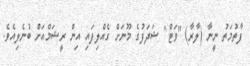
ފާތުމަތު ނީނާ (ލާރާ) "ވަޓް" ޝަދަފުގެ މޫނަށް ގެއްލިފައި އިން ރީޝަމްއަށް ބުނެލިއެވެ.